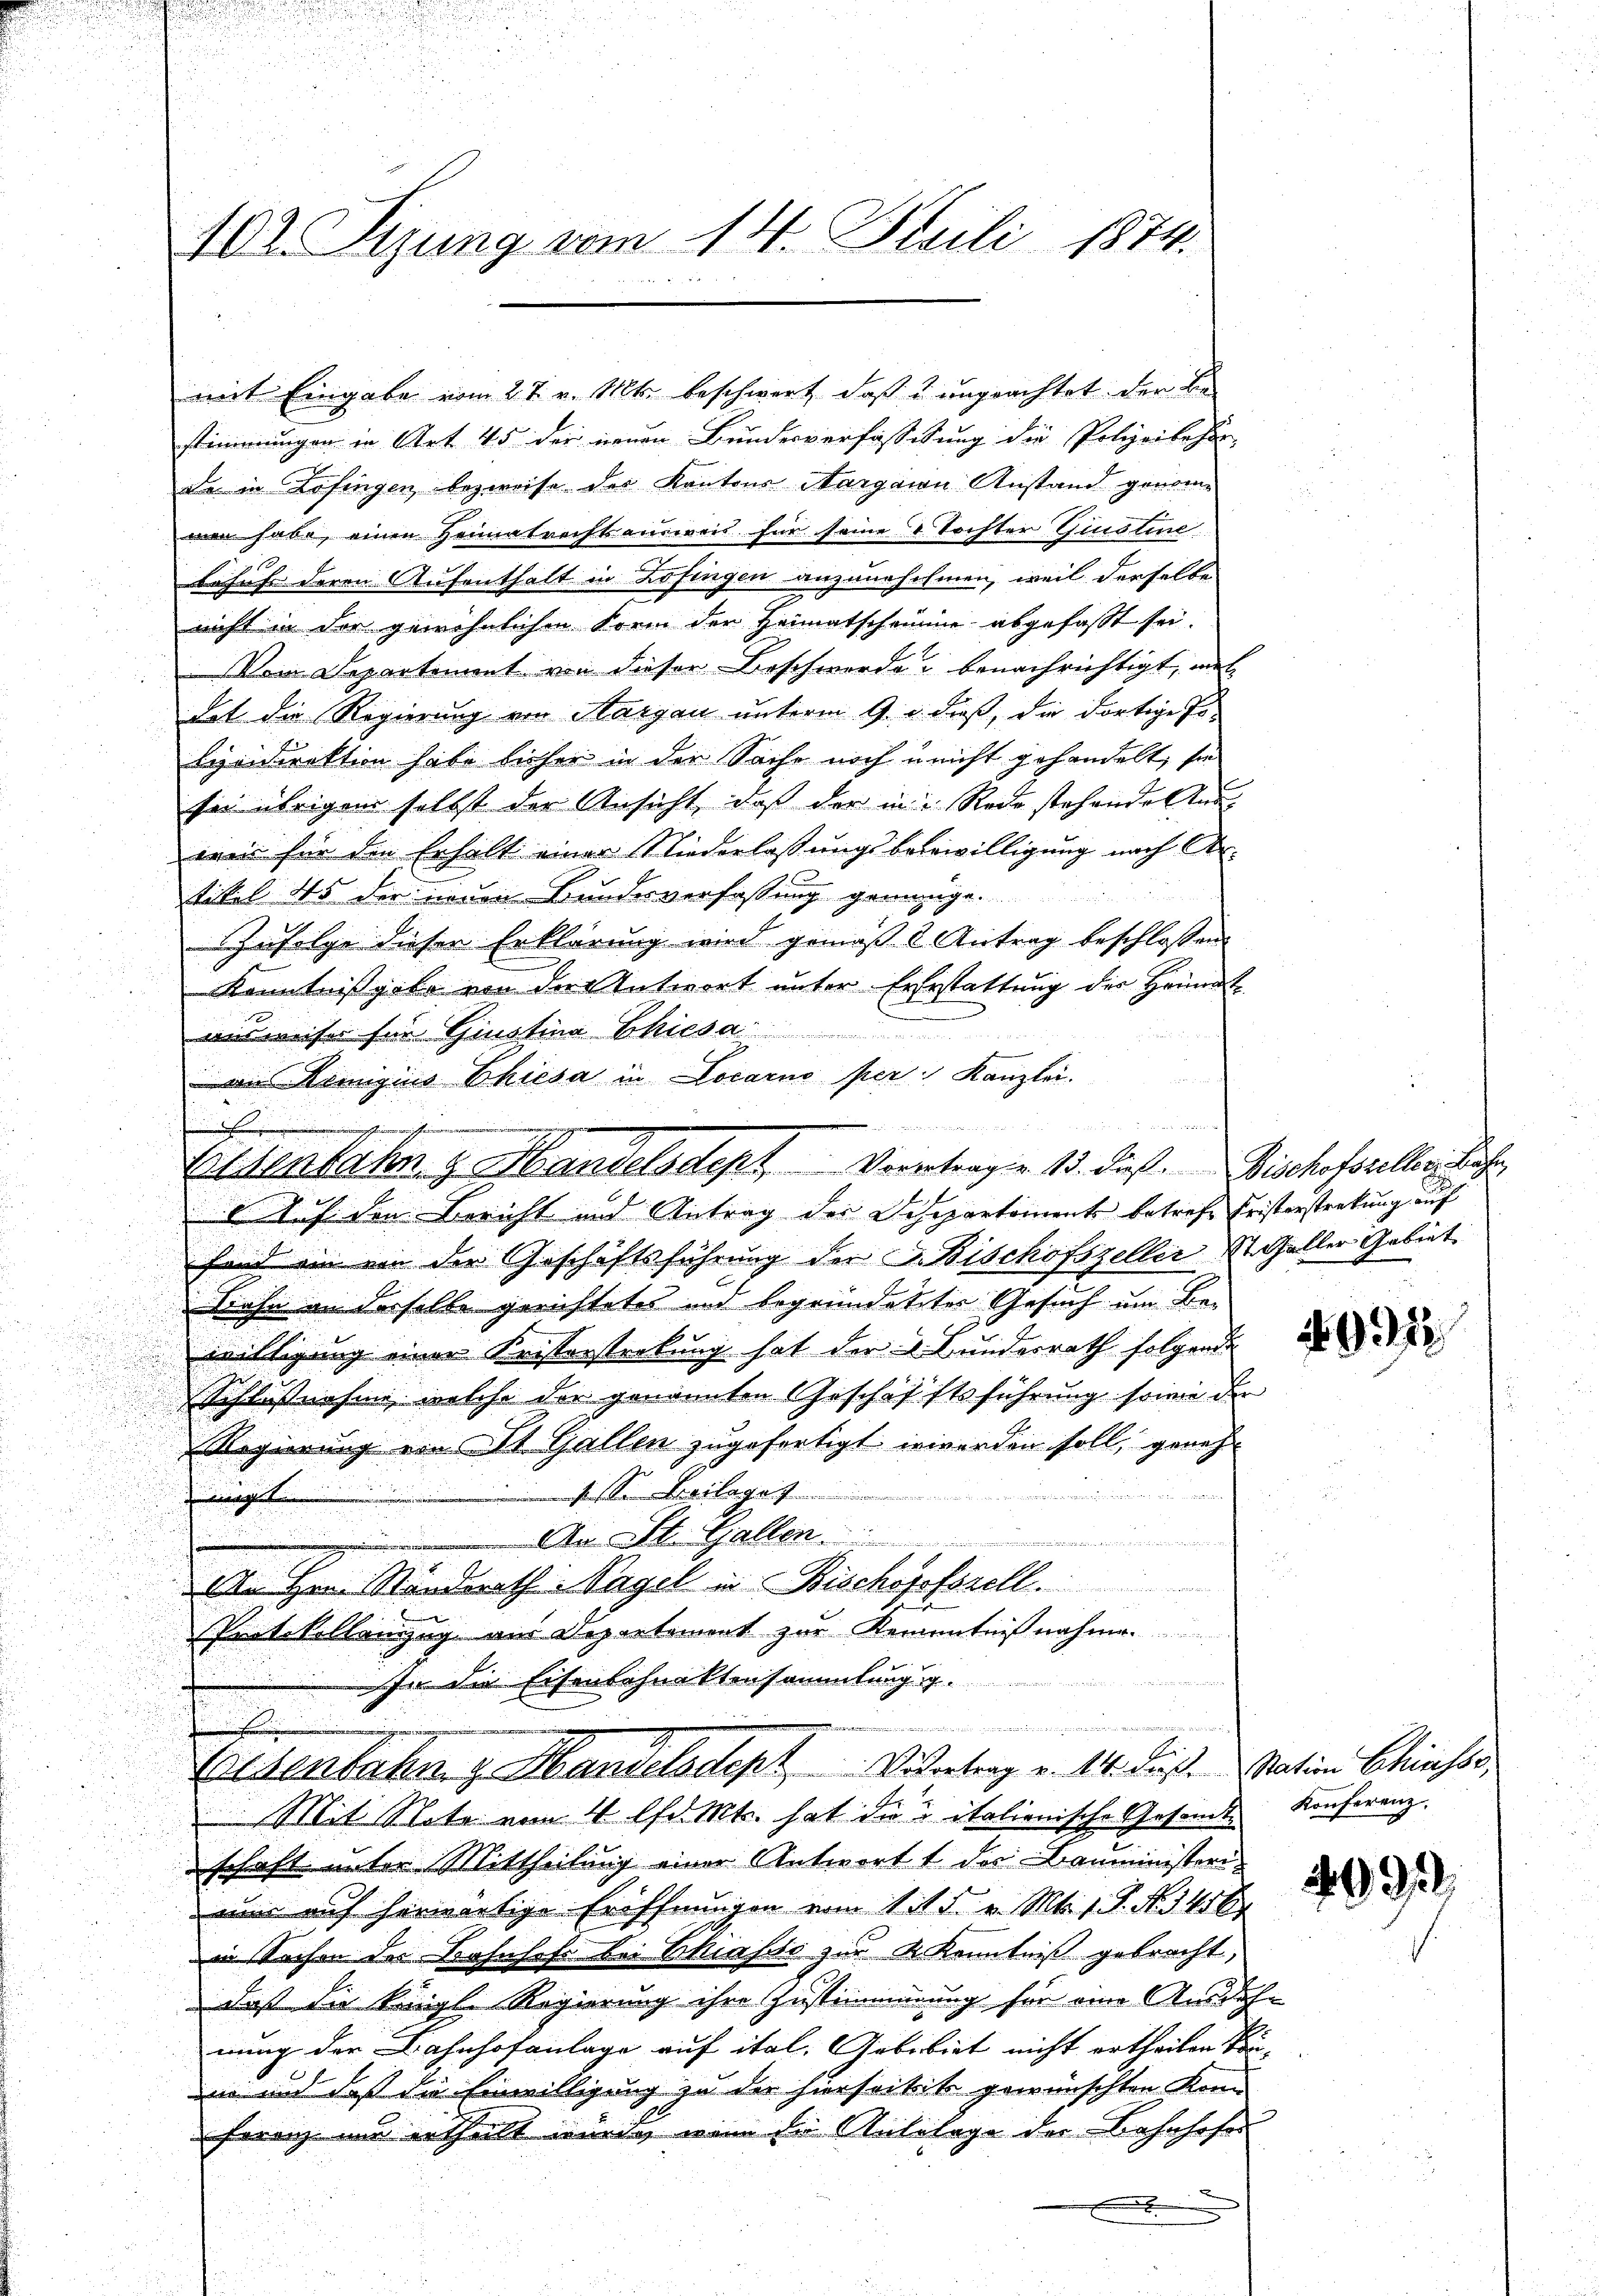
102. Sizung vom 14. Stuili 1874.

stimmungen in Art 45 der neuen Bundesverfassigung die Polizeibeher-
da in Zofingen bezweife der Kantons Aargain Anstand genommen habe, einen Heimatrechtsausweis für seine 4 Tochter Giustine
Behufe deren Aufenthalt in Zofingen anzunehmen, weil derselbe
nicht in der gewöhnlichen Form den Heimatscheine abgefasst sei.
Vom Departement von dieser Beschwerde benachrichtigt, wel
hat die Regierung von Aargau unterm 9. u. dieß, die dortige Pobeeidirektion habe bisher in der Sache noch u nicht gehandelt, sie
sei übrigen selbst der Ansicht, daß der in Rede stehende Aus-
wenn für den Erhalt einer Niederlassungsbeerwilligung nach Artikel 45 der neuen Bundesverfassung gemeinge.
Zufolge dieser Erklärung wird gemäß 2 Antrag beschlossen:
Kenntnißgabe von der Antwort unter Ererstattung der Heimat
ausweiser für Ginstina Chiesa

 aus Remigius hiesa in Locarno per Kanzlei.
8 J. J. den Bericht und Antrag der Desepartement betrefe Fristerstratung auf
fand ein von der Geschäftsführung der G. Bischofszeller St. Galler Gebiet
Bahn an derselbe gerichtetes und begründetter Gesuch um Be¬
.
u
willigung einer Fristerstrebung hat der u. Bundesrath folgende
n
Schlußnahme, welche der genannten Geschäfftsführung sowie der

d
Regierung von St. Gallen zugefertigt werden soll, geneh

s. S. Beilages
ag
An St. Gallen.

An Herrn Standerath Nagel in Bischopforell.
Protokollenzug aus Departement zur Kenntnißnahme.
In die Eisenbahnaktensammlung g
.
i
d
Eisenbahn z. Handelsdept Vertrag v. 14. dieß. Nation Chiasso
Mit Note vom 4 litt. hat die italienische Gesamt Konferenz
schaft unter Mittheilung einer Antwort der Bauministerinu auf herwärtige Eröffnungen vom 1t 5. v. Mt. 1. P. N. 3456
in Sachen der Bahnhofe bei Chiasso zur K. Kenntniß gebracht,
daß die königl. Regierung ihre Zustimmung für eine Aussich
nung der Bahnhofanlage auf ital. Gebebiet nicht ertheilen könn
in und daß die Einwilligung zu der hierseitik gewünschten Kom
ferenz und ertheilt wurde, wenn der Anlilage der Bahnhofes

.

mit Eingabe vom 27. v. Mts. beschwert, daß u. ungeachtet der be¬

Eldenbahn & Handelsdept Vorertrage 13. dieß. Bischofbrieller, die

497

499